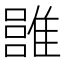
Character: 𩀏